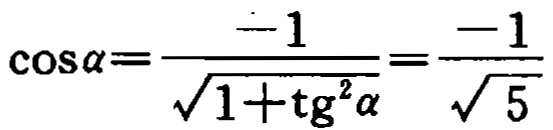
\(\cos\alpha=\frac{-1}{\sqrt{1+\mathrm{tg}^{2}\alpha}}=\frac{-1}{\sqrt{5}}\)